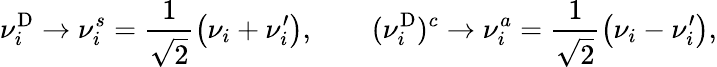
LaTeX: \nu_{i}^{\mathrm{D}}\to\nu_{i}^{s}=\frac{1}{\sqrt 2}\left(\nu_{i}+\nu_{i}^{\prime}\right),\qquad(\nu_{i}^{\mathrm{D}})^{c}\to\nu_{i}^{a}=\frac{1}{\sqrt 2}\left(\nu_{i}-\nu_{i}^{\prime}\right),